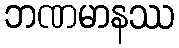
ဘဏမာနဿ